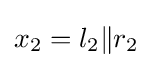
x_{2}=l_{2}\|r_{2}